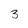
Character: 3